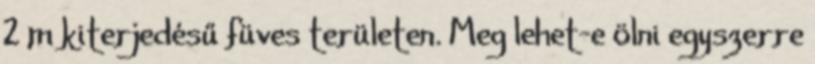
2 m kiterjedésű füves területen. Meg lehet-e ölni egyszerre